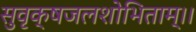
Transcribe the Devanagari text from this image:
सुवृक्षजलशोभिताम्।।